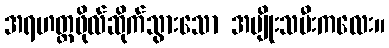
အရဟတ္တဖိုလ်ဆိုက်သွားသော အမျိုးသမီးကလေး။